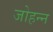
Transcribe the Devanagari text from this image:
जोहन्न